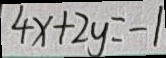
4 x + 2 y = - 1